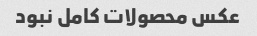
عکس محصولات کامل نبود